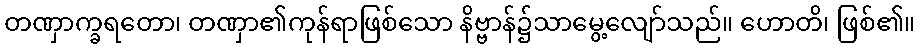
တဏှာက္ခရတော၊ တဏှာ၏ကုန်ရာဖြစ်သော နိဗ္ဗာန်၌သာမွေ့လျော်သည်။ ဟောတိ၊ ဖြစ်၏။